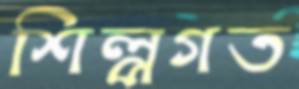
শিল্পগত